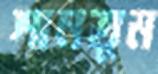
শানতুম